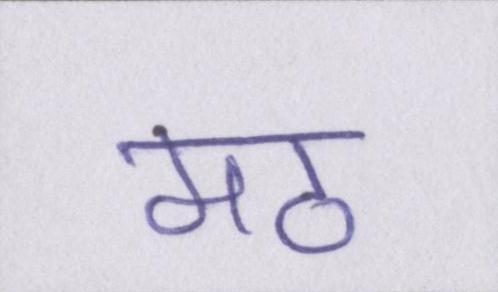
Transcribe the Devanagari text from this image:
मठ